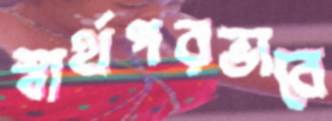
স্বার্থপরভাবে